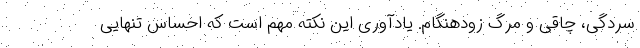
سردگی، چاقی و مرگ زودهنگام. یادآوری این نکته مهم است که احساس تنهایی